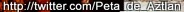
http://twitter.com/Peta de Aztian